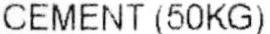
CEMENT (50KG)